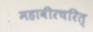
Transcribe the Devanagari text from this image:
महावीरचरित्